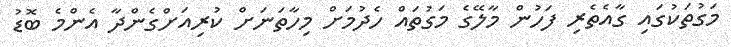
މަގުތަކުގައި ގާއެތެރި ފަހުން މާލޭގެ މަގުތައް ހެދުމަށް މިހާތަނަށް ކުރިއަށްގެންދާ އެންމެ ބޮޑު